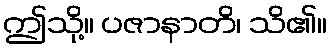
ဤသို့။ ပဇာနာတိ၊ သိ၏။